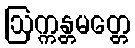
ဩက္ကန္တမတ္တေ